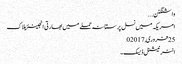
واشنگٹن ...
امریکہ میں نسل پرستانہ حملے میں بھارتی انجینئر ہلاک
25 فروری,2017	0
انٹر نیشنل ڈیسک۔